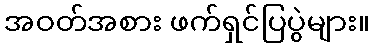
အဝတ်အစား ဖက်ရှင်ပြပွဲများ။